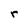
Character: r